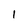
Character: 1